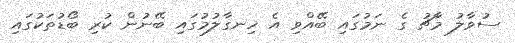
ސުވާލު މާޗު ގެ ނަމުގައި ބޭއްވި އެ ހިނގާލުމުގައި ބޭނުން ކުރި ބޯޑުތަކުގައި